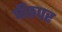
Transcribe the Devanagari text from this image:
पीठपर